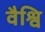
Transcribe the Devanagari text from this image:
वैश्वि